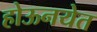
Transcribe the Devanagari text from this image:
होऊनयेत